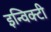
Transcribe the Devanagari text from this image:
इन्विक्टी